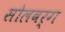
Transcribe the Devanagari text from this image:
सोलवर्ग